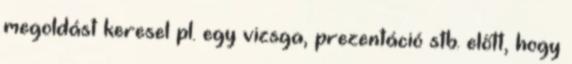
megoldást keresel pl. egy vizsga, prezentáció stb. előtt, hogy